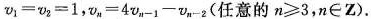
$$v_{1}=v_{2}=1$$，$$v_{n}=4v_{n-1}-v_{n-2}$$(任意的$$n\geqslant 3$$，$$n\in Z$$).